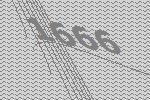
1666